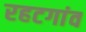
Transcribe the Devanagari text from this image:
रहटगांव